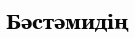
Бәстәмидің